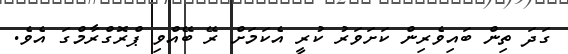
ގަދަ ތިން ބައިވެރިން ކަށަވަރު ކުރީ އެކަމަށް ރޭ ބޭއްވި ޕްރޮގްރާމްގަ އެވެ.